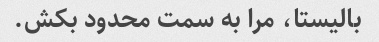
بالیستا، مرا به سمت محدود بکش.